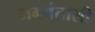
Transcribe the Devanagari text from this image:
भगवंतासी